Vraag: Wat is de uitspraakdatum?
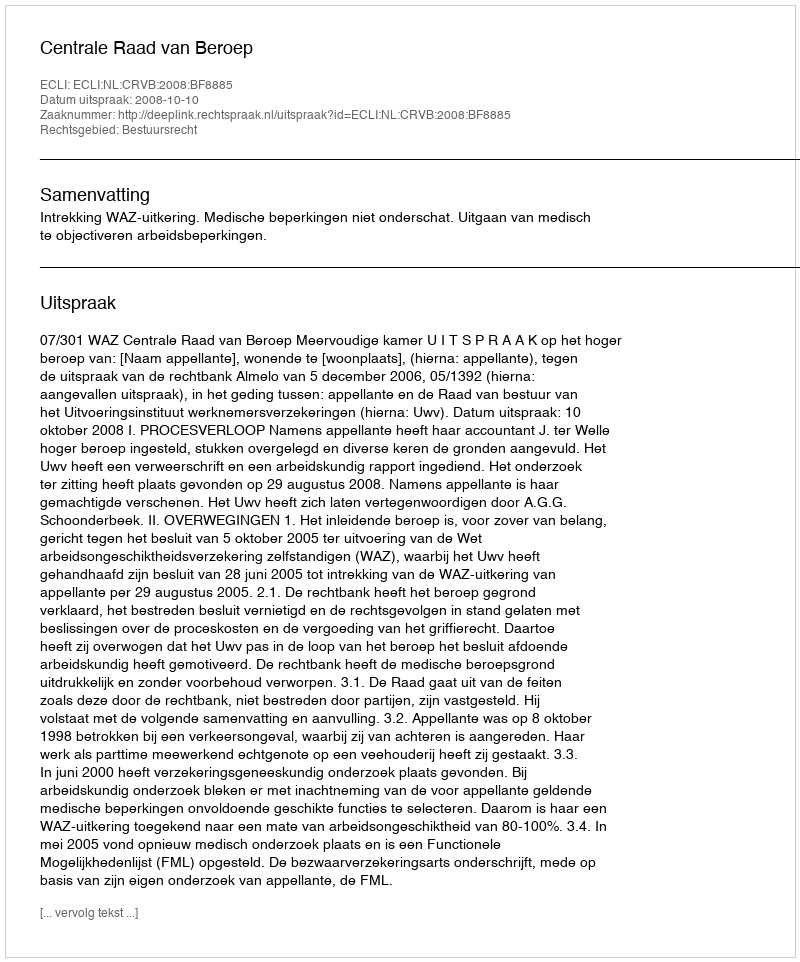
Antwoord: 2008-10-10